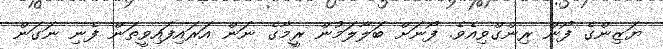
ޔަޒިންގެ ފޯން ރިންގްވިއެވެ. ފޯނަށް ބަލާލަމުން ރީމާގެ ނަން އަރައިފައިވީތަން ފެނި ނަގަން